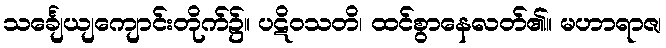
သင်္ချေယျကျောင်းတိုက်၌။ ပဋိဝသတိ၊ ထင်စွာနေလတ်၏။ မဟာရာဇ၊